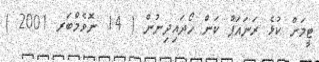
ޓީމަށް ކުޅެ ރަނައަޕް ކަން ހޯދައިދިނުން ( 14 ނޮވެމްބަރ 2001 )